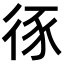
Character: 𢓻